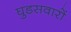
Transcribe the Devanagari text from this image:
घुडसवारों